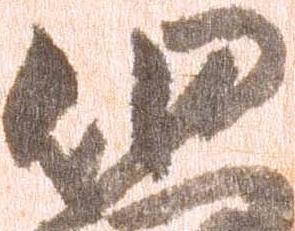
細